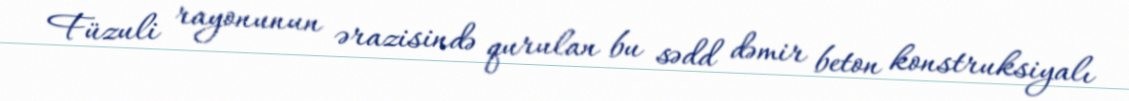
Füzuli rayonunun ərazisində qurulan bu sədd dəmir beton konstruksiyalı